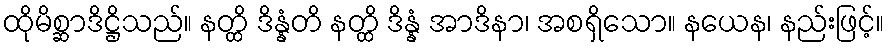
ထိုမိစ္ဆာဒိဋ္ဌိသည်။ နတ္ထိ ဒိန္နံတိ နတ္ထိ ဒိန္နံ အာဒိနာ၊ အစရှိသော။ နယေန၊ နည်းဖြင့်။